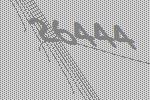
26444